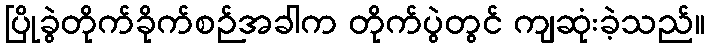
ပြိုခွဲတိုက်ခိုက်စဉ်အခါက တိုက်ပွဲတွင် ကျဆုံးခဲ့သည်။